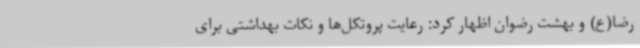
رضا(ع) و بهشت رضوان اظهار کرد: رعایت پروتکل‌ها و نکات بهداشتی برای